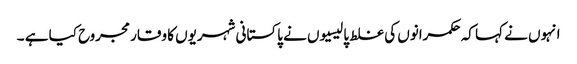
انہوں نے کہا کہ حکمرانوں کی غلط پالیسیوں نے پاکستانی شہریوں کا وقار مجروح کیا ہے ۔